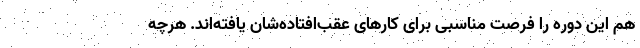
هم این دوره را فرصت مناسبی برای کارهای عقب‌افتاده‌شان یافته‌اند. هرچه